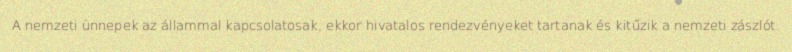
A nemzeti ünnepek az állammal kapcsolatosak, ekkor hivatalos rendezvényeket tartanak és kitűzik a nemzeti zászlót.